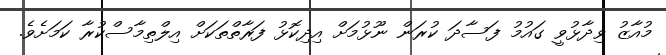
މުއާޒު ވިދާޅުވީ ގައުމު ފަސާދަ ކުރަން ނޫޅުމަށް އިދިކޮޅު ފަރާތްތަކަށް އިލްތިމާސްކުރާ ކަމަށެވެ.